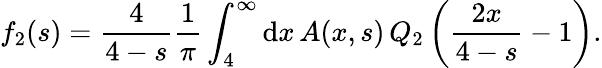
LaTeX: f_{2}(s)={\frac{4}{4-s}}{\frac{1}{\pi}}\int_{4}^{\infty}\mathrm{d}x\, A(x,s)\, Q_{2}\left({\frac{2x}{4-s}}-1\right).